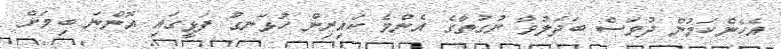
އެހެންކަމުން ދުވަސް ބަދަލުވާ ނުގުތާގެ އެންމެ ކައިރިން ހުޅަނގު ފަޅީގައި އޮންނަ ބިމަށް